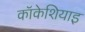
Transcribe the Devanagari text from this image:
कॉकेशियाइ